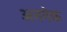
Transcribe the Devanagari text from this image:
अननेक